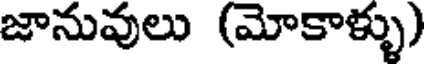
జానువులు (మోకాళ్ళు)